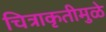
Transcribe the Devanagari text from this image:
चित्राकृतीमुळे